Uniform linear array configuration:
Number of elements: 48
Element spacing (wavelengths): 0.5
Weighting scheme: uniform
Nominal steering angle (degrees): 0
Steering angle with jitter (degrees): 0.2337
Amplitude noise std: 0.05
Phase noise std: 0.05

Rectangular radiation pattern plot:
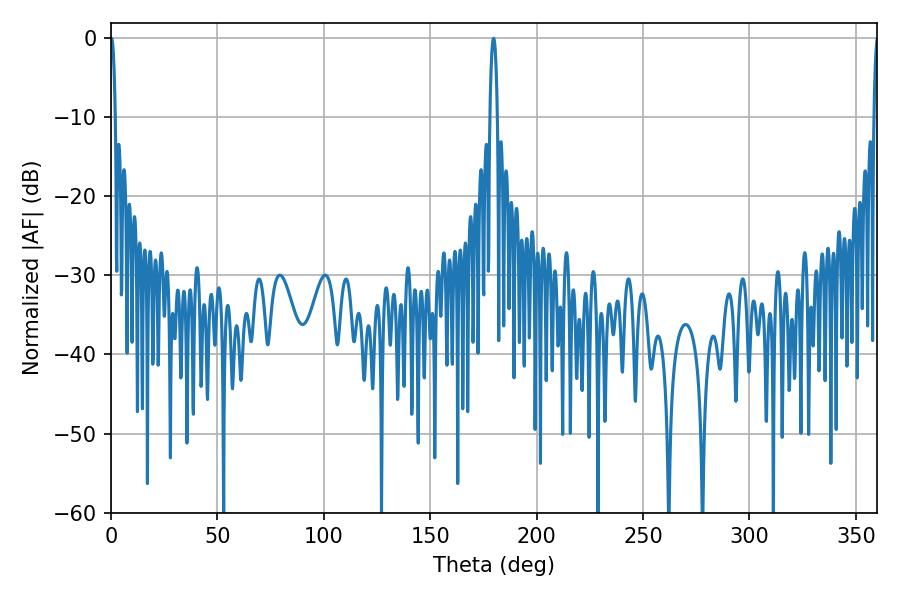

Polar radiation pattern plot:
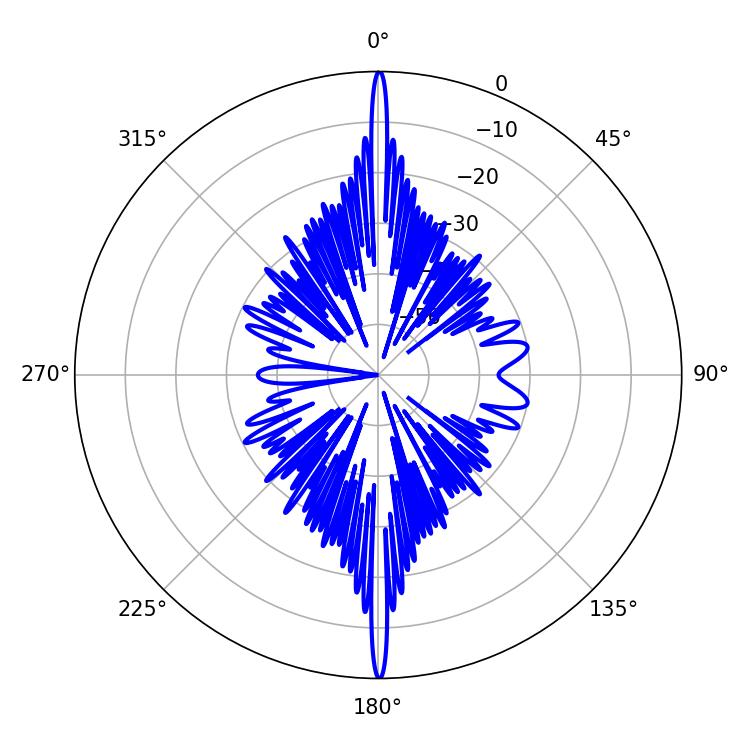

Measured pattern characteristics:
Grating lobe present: FALSE
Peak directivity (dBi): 36.305
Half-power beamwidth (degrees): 1.26
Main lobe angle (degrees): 0.18